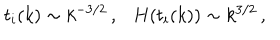
LaTeX: t _ { i } ( k ) \sim k ^ { - 3 / 2 } \, , H ( t _ { i } ( k ) ) \sim k ^ { 3 / 2 } \, ,